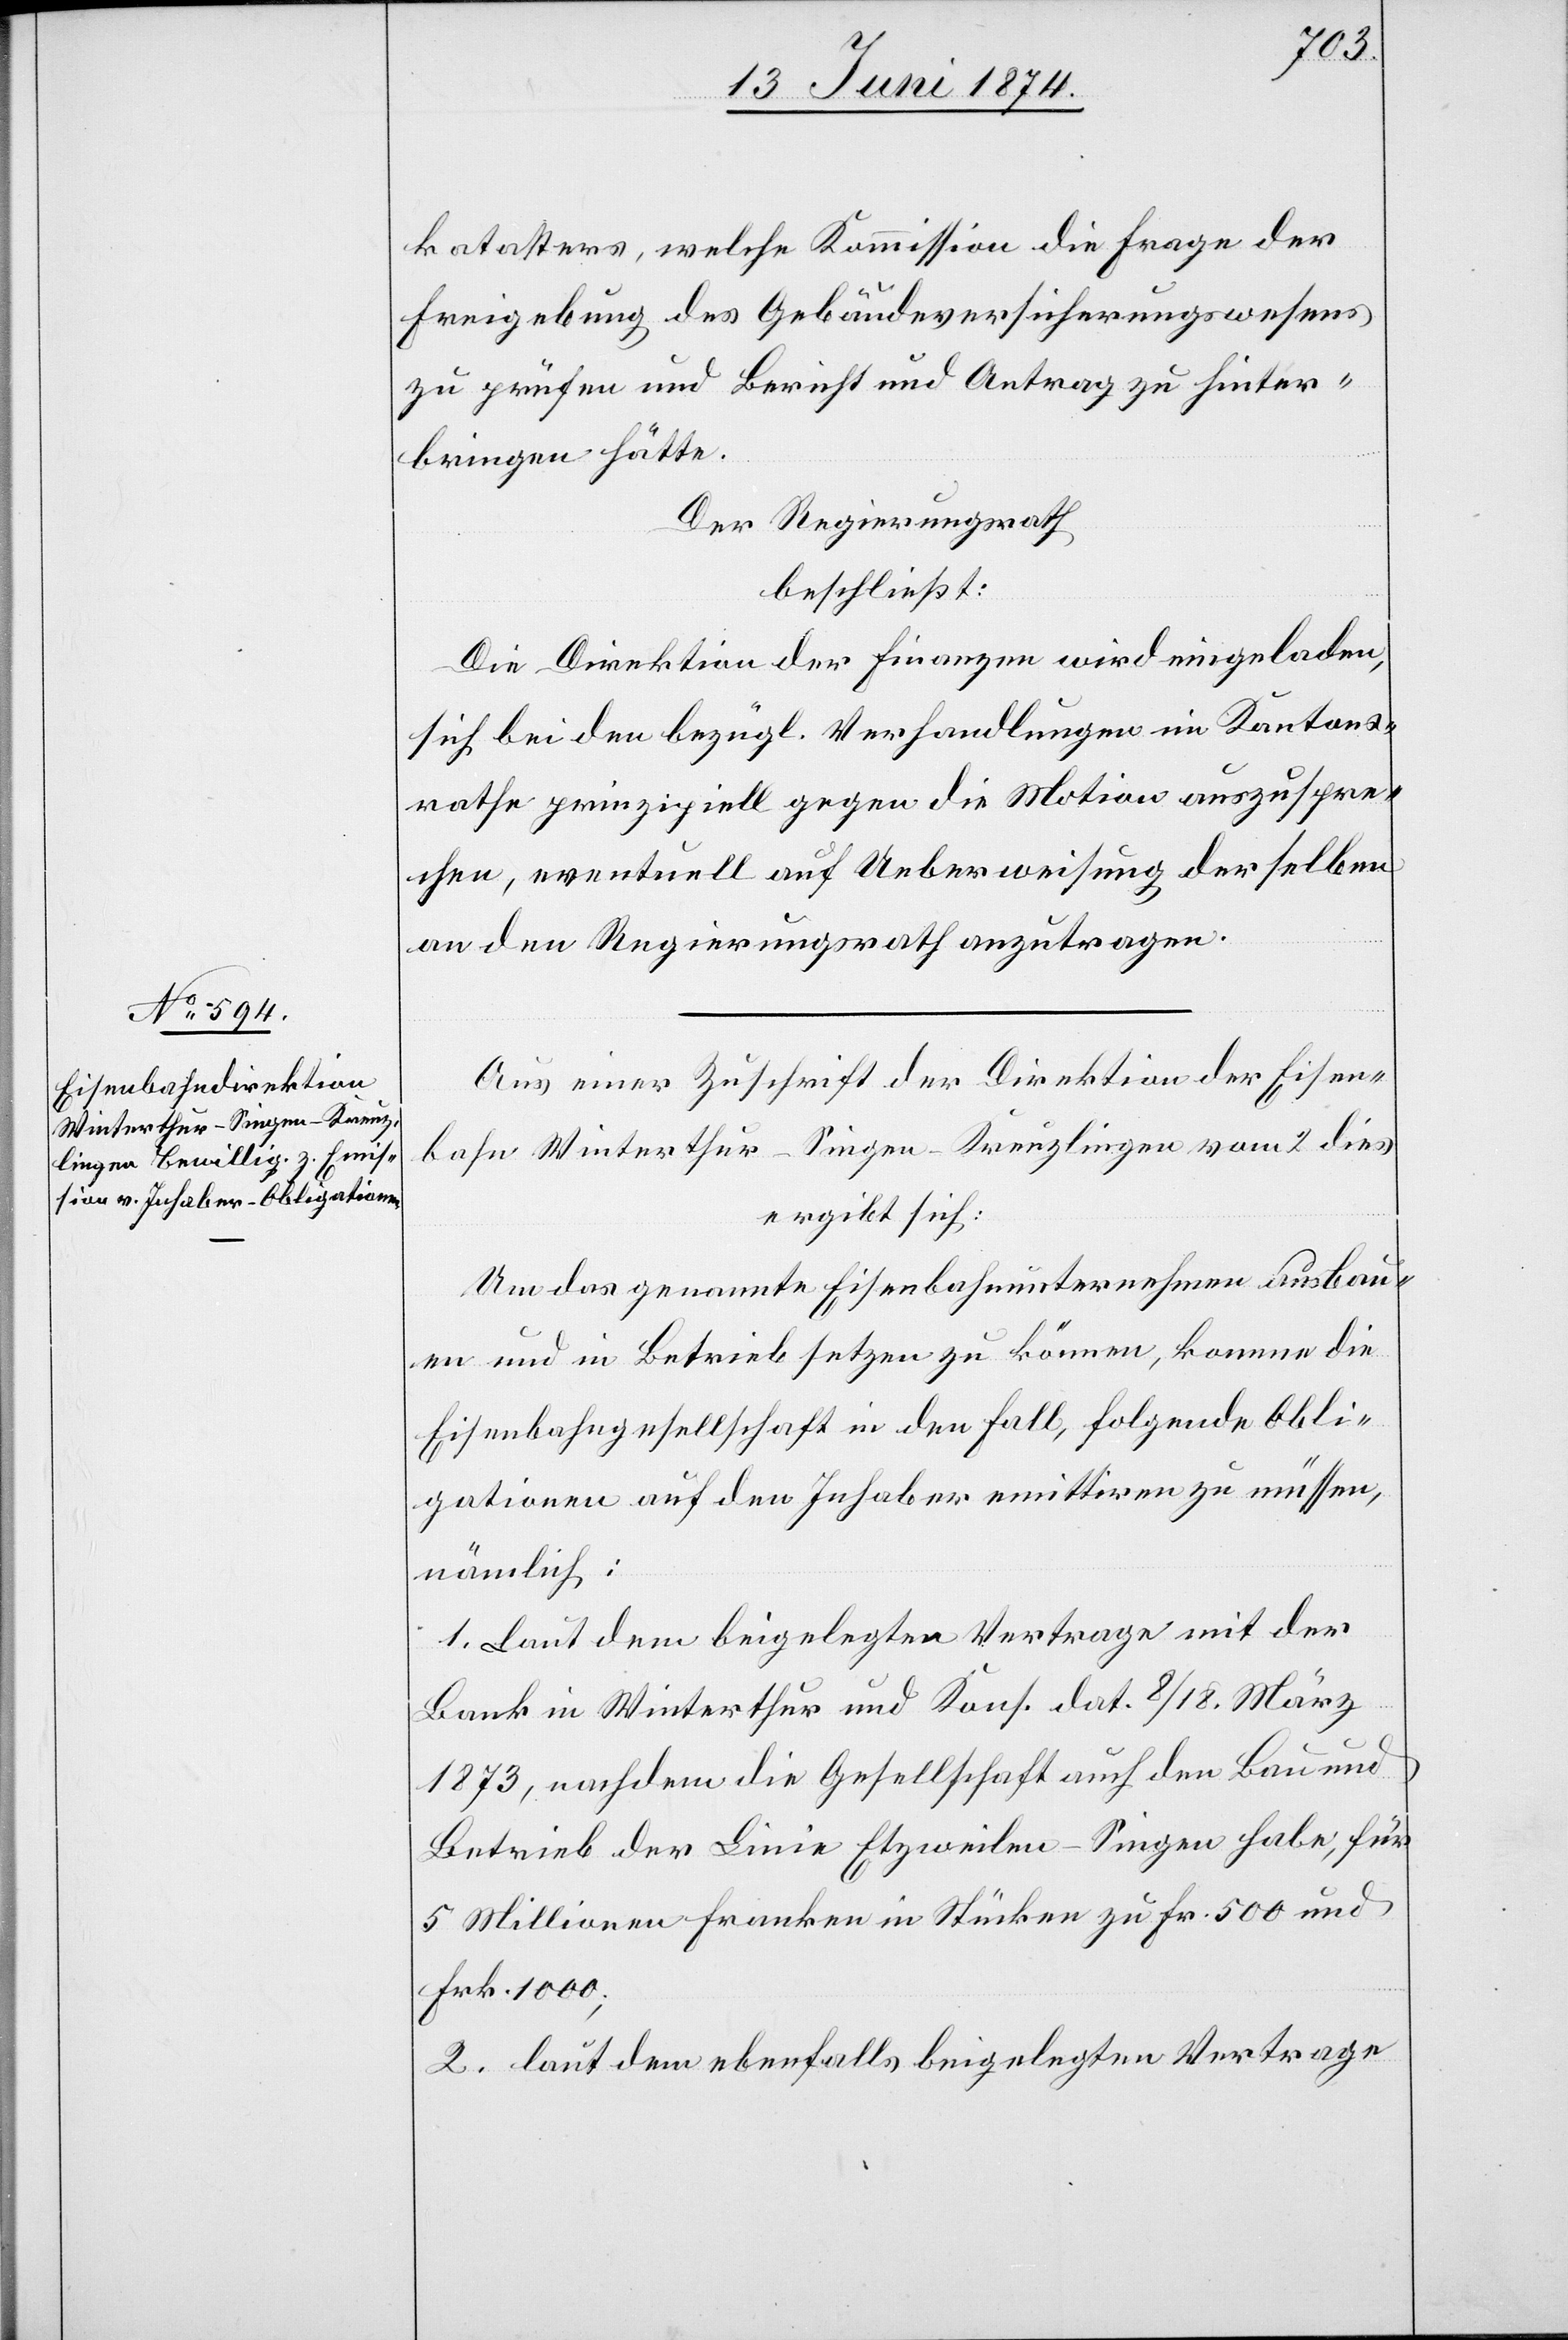
katasters, welche Kommission die Frage der
Freigebung des Gebäudeversicherungswesens
zu prüfen und Bericht und Antrag zu hinter¬
bringen hätte.
Der Regierungsrath
beschließt:
Die Direktion der Finanzen wird eingeladen,
sich bei den bezügl. Verhandlungen im Kantons¬
rathe prinzipiell gegen die Motion auszuspre¬
chen, eventuell auf Ueberweisung derselben
an den Regierungsrath anzutragen.
Aus einer Zuschrift der Direktion der Eisen¬
bahn Winterthur-Singen-Kreuzlingen vom 2. dies
ergibt sich:
Um das genannte Eisenbahnunternehmen ausbau¬
en und in Betrieb setzen zu können, komme die
Eisenbahngesellschaft in den Fall, folgende Obli¬
gationen auf den Inhaber emittiren zu müssen,
nämlich:
1. Laut dem beigelegten Vertrage mit der
Bank in Winterthur u. Kons. dat. 8./18. März
1873, nachdem die Gesellschaft auch den Bau und
Betrieb der Linie Etzweilen-Singen habe, für
5 Millionen Franken in Stücken zu Fr. 500 und
Frk. 1000;
2. Laut dem ebenfalls beigelegten Vertrage